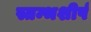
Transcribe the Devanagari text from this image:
स्तम्भशीर्ष